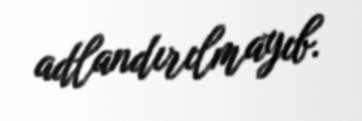
adlandırılmayıb.